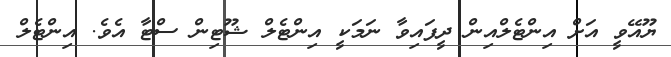
ޔޫއޭވީ އަށް އިންޓެލްއިން ދީފައިވާ ނަމަކީ އިންޓެލް ޝޫޓިން ސްޓާ އެވެ. އިންޓެލް